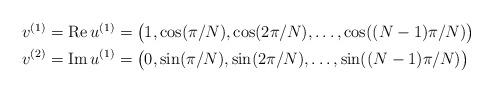
LaTeX: \begin{align*}\begin{aligned}v^{(1)}=\textup{Re}\,u^{(1)}&=\big(1,\cos(\pi/N),\cos(2\pi/N),\ldots,\cos((N-1)\pi/N)\big)\\v^{(2)}=\textup{Im}\,u^{(1)}&=\big(0,\sin(\pi/N),\sin(2\pi/N),\ldots,\sin((N-1)\pi/N)\big)\end{aligned}\end{align*}